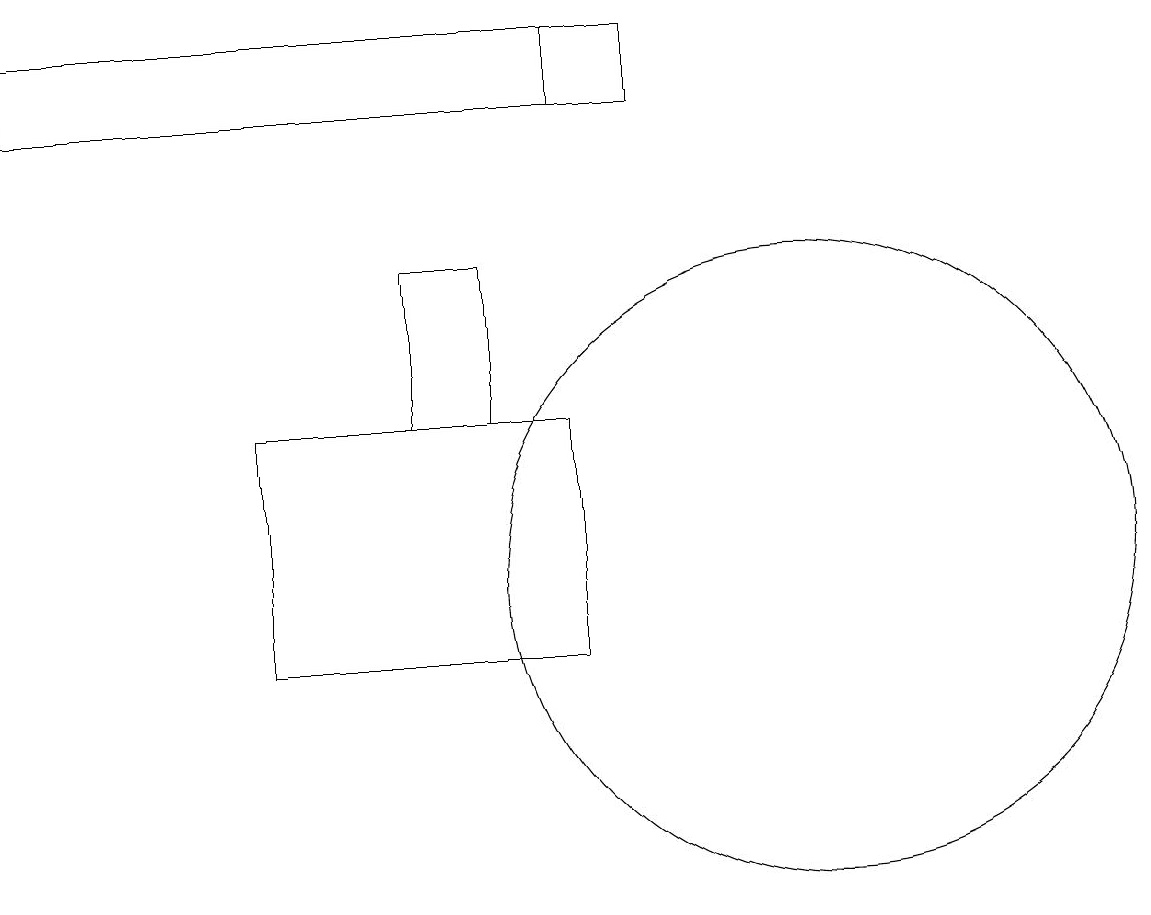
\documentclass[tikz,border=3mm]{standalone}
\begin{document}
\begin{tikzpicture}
\draw (8,17) rectangle (8,18);
\draw (11,11) circle (4);
\draw (6,15) rectangle (7,13);
\draw (9,18) rectangle (1,17);
\draw (1,11) rectangle (1,11);
\draw (4,13) rectangle (8,10);
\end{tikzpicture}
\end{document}